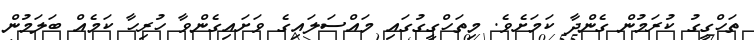
ތަހްގީގު ކުރަމުން ގެންދާ ކަމަށެވެ. މިތަހްގީގުގައި މައްސަލައިގެ ވަށައިގެންވާ ހުރިހާ ކަމެއް ބަލަމުން